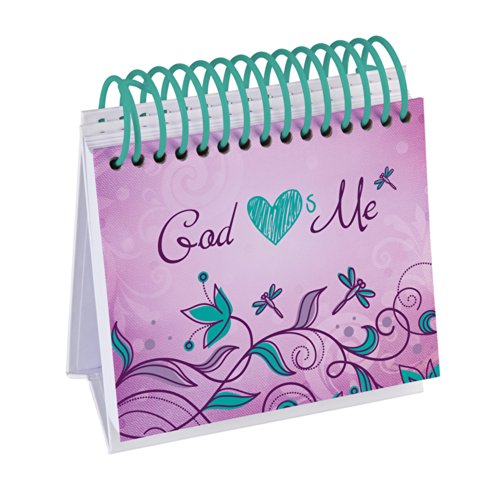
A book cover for God Hearts Me Perpetual Calendar:  365 Refreshing Reminders of God's Love (365 Perpetual Calendars); Calendars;